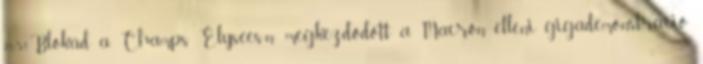
21:51Blokád a Champs Élysées-n: megkezdődött a Macron elleni gigademonstráció